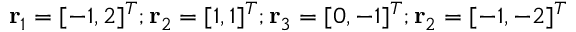
\mathbf { r } _ { 1 } = [ - 1 , 2 ] ^ { T } ; \mathbf { r } _ { 2 } = [ 1 , 1 ] ^ { T } ; \mathbf { r } _ { 3 } = [ 0 , - 1 ] ^ { T } ; \mathbf { r } _ { 2 } = [ - 1 , - 2 ] ^ { T }